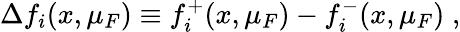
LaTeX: \Delta f_{i}(x,\mu_{F})\equiv f_{i}^{+}(x,\mu_{F})-f_{i}^{-}(x,\mu_{F})\; ,